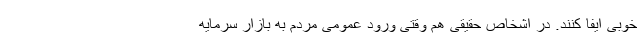
خوبی ایفا کنند. در اشخاص حقیقی هم وقتی ورود عمومی مردم به بازار سرمایه